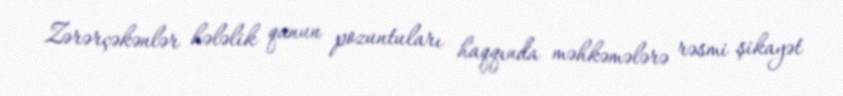
Zərərçəkənlər hələlik qanun pozuntuları haqqında məhkəmələrə rəsmi şikayət